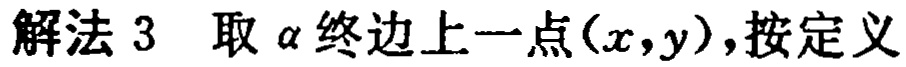
解法 3 取\(\alpha\)终边上一点\((x,y)\)，按定义